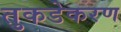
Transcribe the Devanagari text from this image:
तुकडेकरण